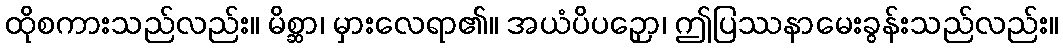
ထိုစကားသည်လည်း။ မိစ္ဆာ၊ မှားလေရာ၏။ အယံပိပဉှော၊ ဤပြဿနာမေးခွန်းသည်လည်း။